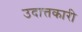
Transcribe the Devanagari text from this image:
उदात्तकारी